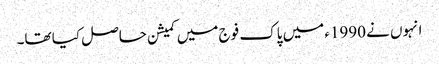
انہوں نے 1990ء میں پاک فوج میں کمیشن حاصل کیا تھا۔